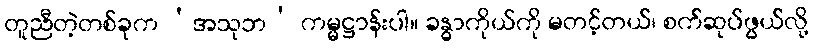
တူညီတဲ့တစ်ခုက ‘အသုဘ’ ကမ္မဋ္ဌာန်းပါ။ ခန္ဓာကိုယ်ကို မတင့်တယ်၊ စက်ဆုပ်ဖွယ်လို့